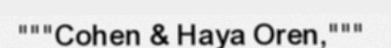
"""Cohen & Haya Oren,"""